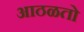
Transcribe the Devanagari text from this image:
आठळतो